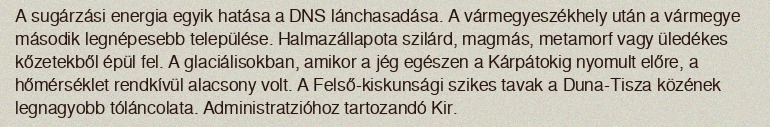
A sugárzási energia egyik hatása a DNS lánchasadása. A vármegyeszékhely után a vármegye második legnépesebb települése. Halmazállapota szilárd, magmás, metamorf vagy üledékes kőzetekből épül fel. A glaciálisokban, amikor a jég egészen a Kárpátokig nyomult előre, a hőmérséklet rendkívül alacsony volt. A Felső-kiskunsági szikes tavak a Duna-Tisza közének legnagyobb tóláncolata. Administratzióhoz tartozandó Kir.